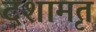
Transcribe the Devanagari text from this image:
दशामृत